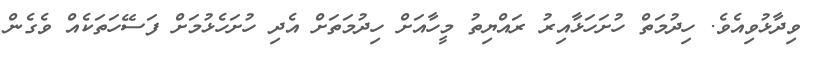
ވިދާޅުވިއެވެ. ހިދުމަތް ހުށަހަޅާއިރު ރައްޔިތު މީހާއަށް ހިދުމަތަށް އެދި ހުށަހެޅުމަށް ފަސޭހަތަކެއް ވެގެން